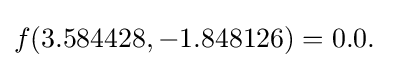
f(3.584428,-1.848126)=0.0.\quad